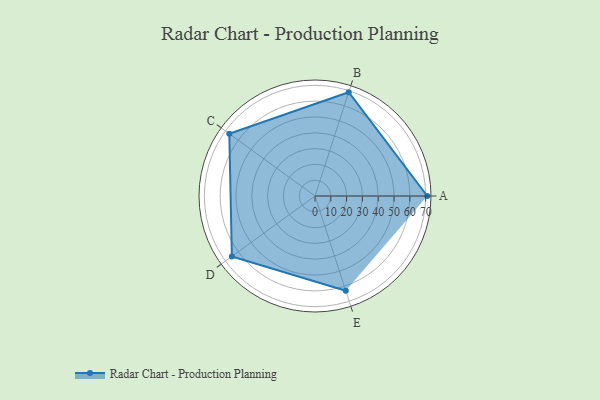
{"axis": {"x": "Skill", "y": "Score"}, "legend": ["Profile"], "data": [{"x": "A", "y": 71.0, "type": "Profile"}, {"x": "B", "y": 69.0, "type": "Profile"}, {"x": "C", "y": 67.0, "type": "Profile"}, {"x": "D", "y": 65.0, "type": "Profile"}, {"x": "E", "y": 63.0, "type": "Profile"}]}